Lunatic asylums Central Provinces reports 1886-1894 - 1886-1894
Year: 1886
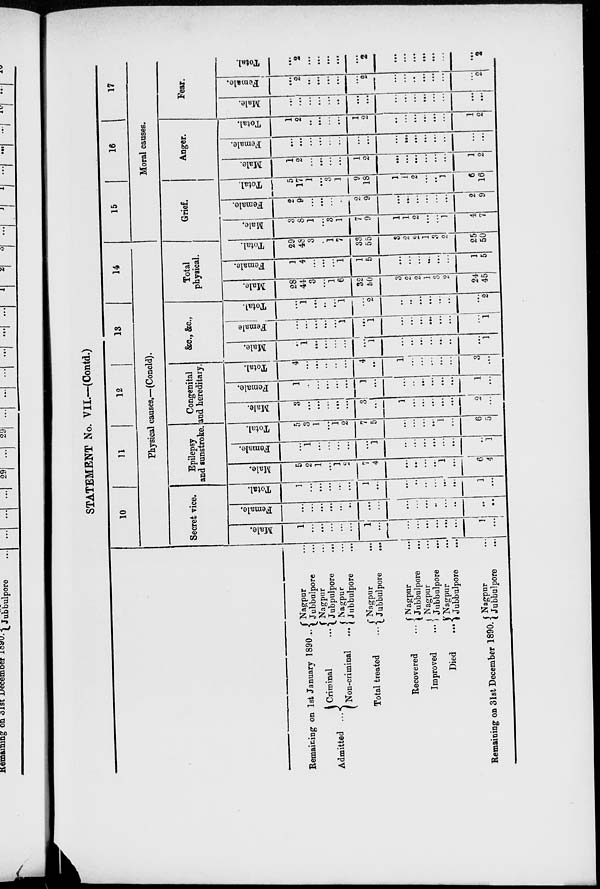
STATEMENT No. VII.—(Contd.)
Remaining on 1st January 1890 ...
Admitted ...
Criminal
...
Non-criminal
...
Total treated
...
Recovered
...
Improved
...
Died
...
Remaining on 31st December 1890.
Nagpur ...
Jubbulpore ...
Nagpur ...
Jubpulpore
...
Nagpur ...
Jubbulpore ...
Nagpur ...
Jubbulpore
...
Nagpur ...
Jubbulpore
...
Nagpur ...
Jubbulpore ...
Nagpur ...
Jubbulpore ...
Nagpur ...
Jubbulpore ...
10
11
12
13
14
Physical causes.—(Concld).
Secret vice.
Male.
1
...
...
...
...
...
1
...
...
...
...
...
...
...
1
...
Female.
...
...
...
...
...
...
...
...
...
...
...
...
...
...
...
...
Total.
1
...
...
...
...
...
1
...
...
...
...
...
...
...
1
...
Epilepsy
and sunstroke.
Male.
5
2
1
...
1
2
7
4
...
...
...
...
1
...
6
4
Female.
...
1
...
...
...
...
...
1
...
...
...
...
...
...
...
1
Total.
5
3
1
...
1
2
7
5
...
...
...
...
1
...
6
5
Congenital
and hereditary.
Male.
3
...
...
...
...
...
3
...
1
...
...
...
...
...
2
...
Female.
1
...
...
...
...
...
1
...
...
...
...
...
...
...
1
...
Total.
4
...
...
...
...
...
4
...
1
...
...
...
...
...
3
...
&c, &c,
Male.
...
1
...
...
...
...
...
1
...
...
...
...
...
...
...
1
Female
...
...
...
...
...
1
...
1
...
...
...
...
...
...
...
1
Total.
...
1
...
...
...
1
...
2
...
...
...
...
...
...
...
2
Total
physical.
Male.
28
44
3
...
1
6
32
50
3
2
2
1
3
2
24
45
Female.
1
4
...
...
...
1
1
5
...
...
...
...
...
...
1
5
Total.
29
48
3
...
1
7
33
55
3
2
2
1
3
2
25
50
15
16
17
Moral causes.
Grief.
Male.
3
8
1
...
3
1
7
9
1
1
2
...
...
1
4
7
Female.
2
9
...
...
...
...
2
9
...
...
...
...
...
...
2
9
Total.
5
17
1
...
3
1
9
18
1
1
2
...
...
1
6
16
Anger.
Male.
1
2
...
...
...
...
1
2
...
...
...
...
...
...
1
2
Female.
...
...
...
...
...
...
...
...
...
...
...
...
...
...
...
...
Total.
1
2
...
...
...
...
1
2
...
...
...
...
...
...
1
2
Fear.
Male.
...
...
...
...
...
...
...
...
...
...
...
...
...
...
...
...
Female.
...
2
...
...
...
...
...
2
...
...
...
...
...
...
...
2
Total.
...
2
...
...
...
...
...
2
...
...
...
...
...
...
...
2